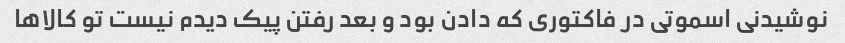
نوشیدنی اسموتی در فاکتوری که دادن بود و بعد رفتن پیک دیدم نیست تو کالاها